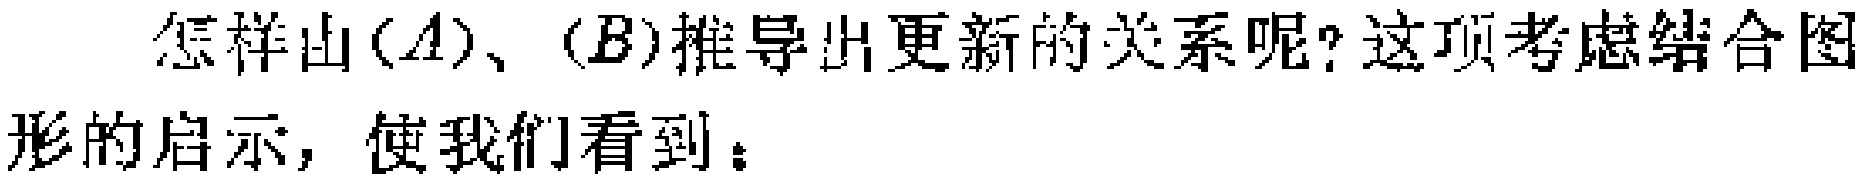
怎样由$(A)$、$(B)$推导出更新的关系呢? 这项考虑结合图形的启示，使我们看到：